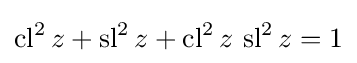
\operatorname {cl^{2}} z+\operatorname {sl^{2}} z+\operatorname {cl^{2}} z\,\operatorname {sl^{2}} z=1